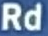
Rd